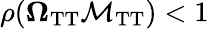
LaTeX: \rho(\mathbf{\Omega}_{\mathrm{TT}}\mathbf{\mathcal{M}}_{\mathrm{TT}})<1